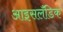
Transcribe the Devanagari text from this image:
आइसलॅंडिक